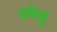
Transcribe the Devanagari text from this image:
उमेजु